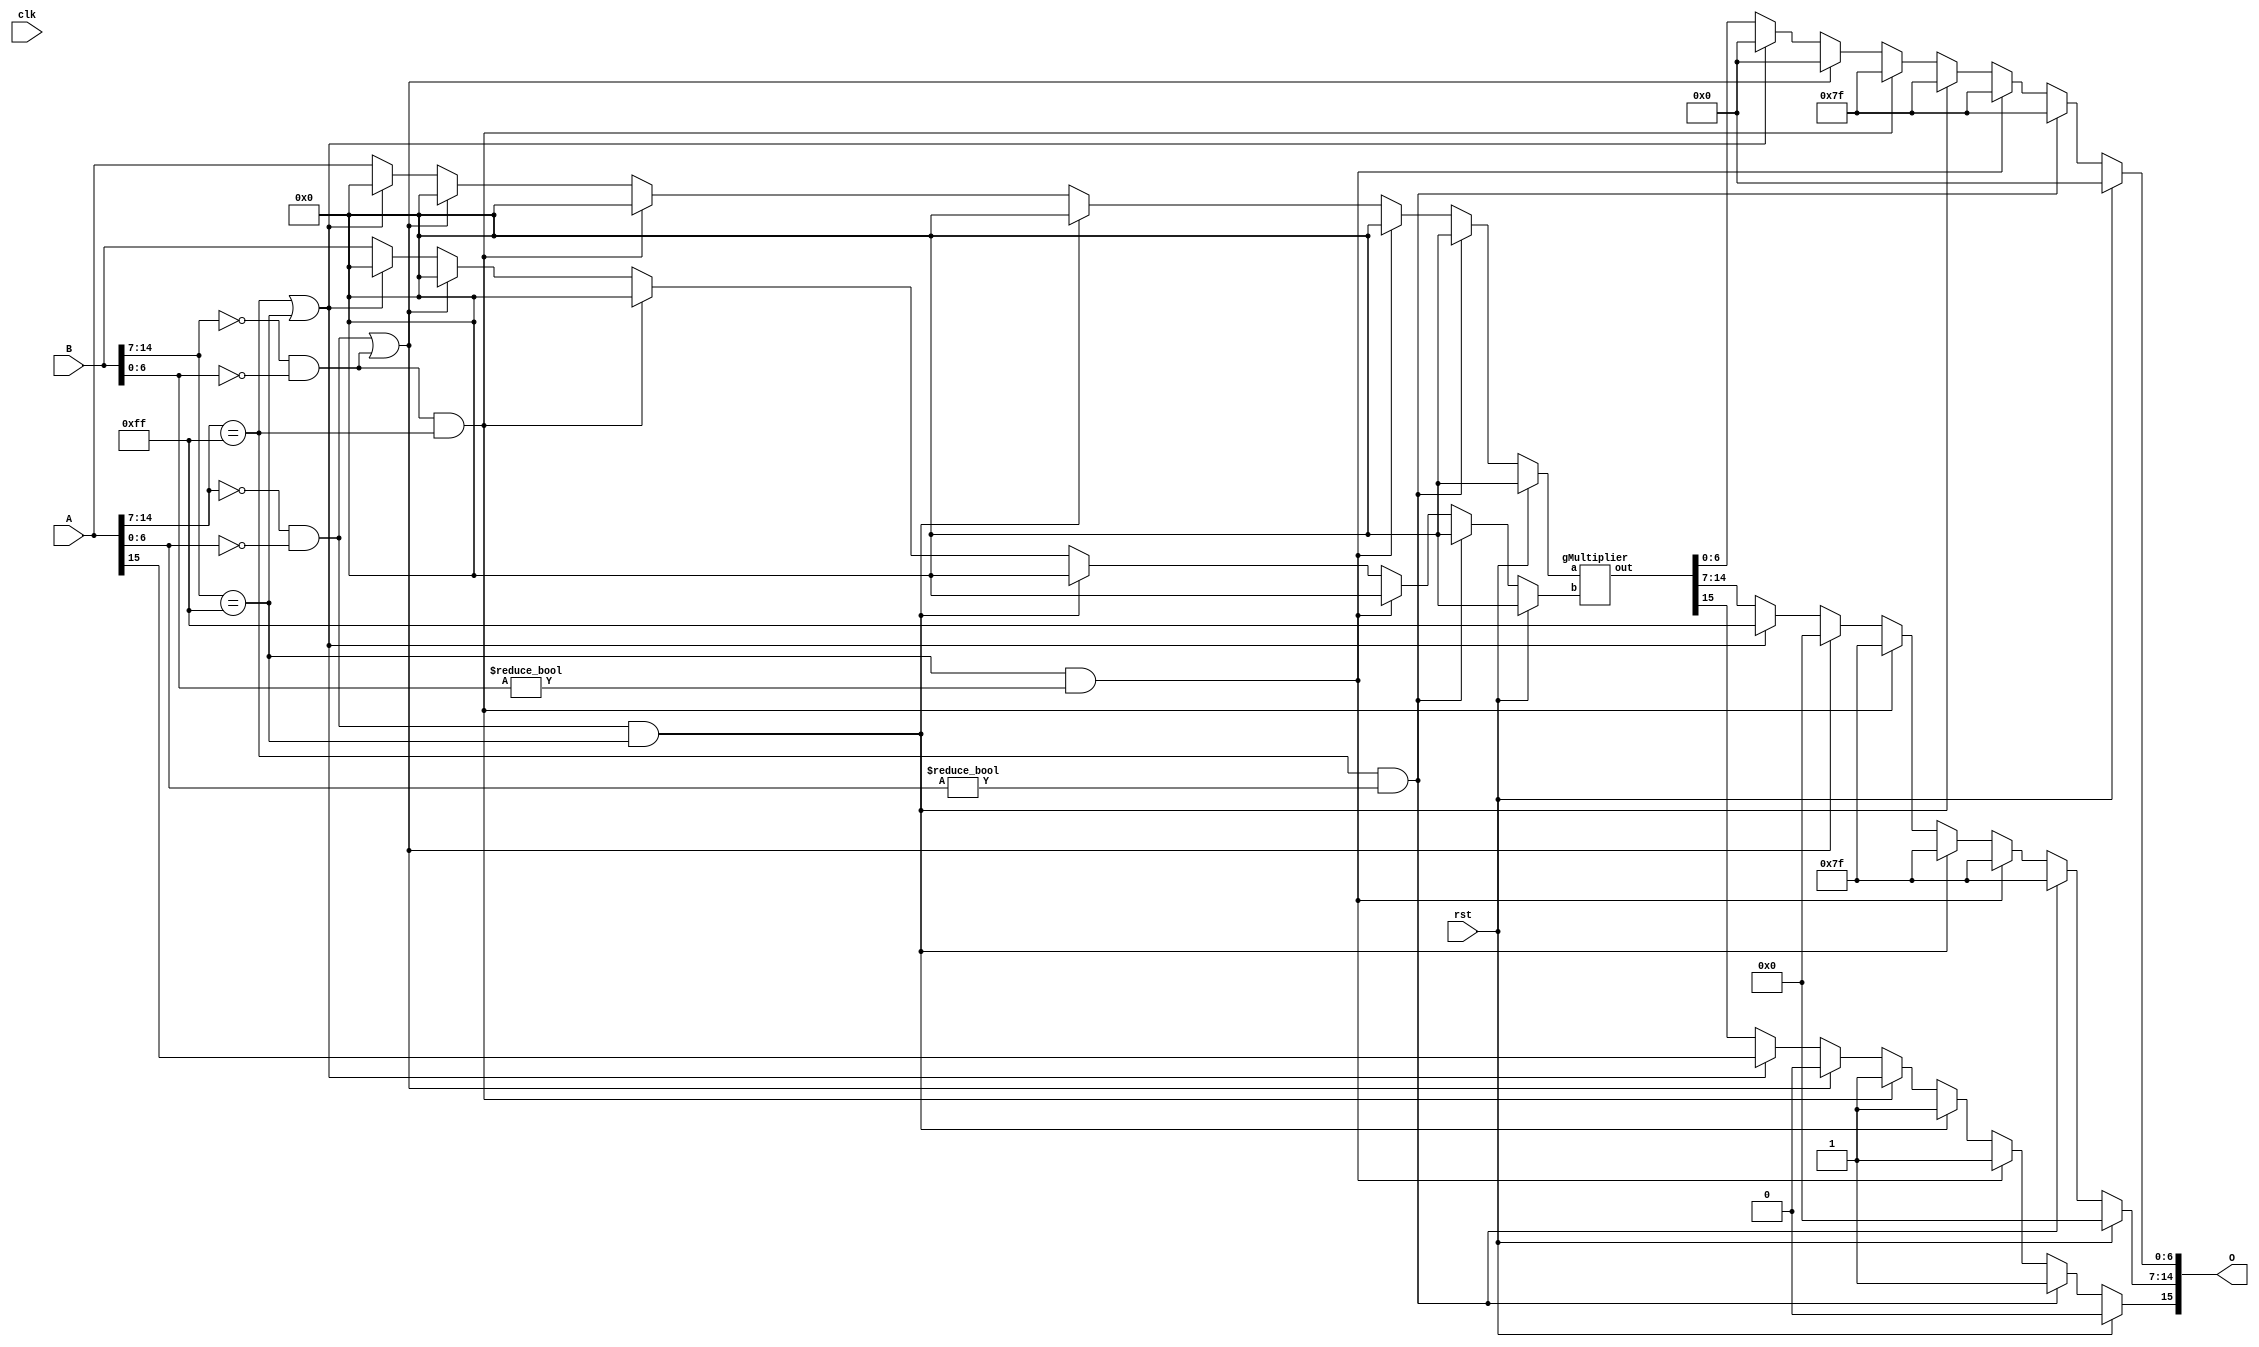
`timescale 1ns / 1ps
//////////////////////////////////////////////////////////////
// BFP16 Multiplier 

// https://github.com/danshanley/FPU/blob/master/fpu.v
// with slight modifications to turn FP32 to BFP16
// for area approximation

// Format: 1-bit signed, 8-bit exponents, 7-bit fractions

// NOTE: MORE VERIFICATION NEEDED
/////////////////////////////////////////////////////////////

module bfp16_mult(clk, rst, A, B, O);

  input [15:0] A, B;
	input rst, clk;
  output [15:0] O;

  wire a_sign;
  wire b_sign;
  wire [7:0] a_exponent;
  wire [7:0] b_exponent;
  wire [7:0] a_mantissa;
  wire [7:0] b_mantissa;
  wire [15:0] O;
             
  reg o_sign;
  reg [7:0] o_exponent;
  reg [8:0] o_mantissa;  
	
  reg [15:0] multiplier_a_in;
  reg [15:0] multiplier_b_in;
  wire [15:0] multiplier_out;

  assign O[15] = o_sign;
  assign O[14:7] = o_exponent;
  assign O[6:0] = o_mantissa[6:0];

  assign a_sign = A[15];
  assign a_exponent[7:0] = A[14:7];
  assign a_mantissa[7:0] = {1'b1, A[6:0]};

  assign b_sign = B[15];
  assign b_exponent[7:0] = B[14:7];
  assign b_mantissa[7:0] = {1'b1, B[6:0]};

  gMultiplier _gMultiplier (
		.a(multiplier_a_in),
		.b(multiplier_b_in),
		.out(multiplier_out)
	);
	
  //assign multiplier_a_in = A; // timing fix - singly cycle
  //assign multiplier_b_in = B; // timing fix - single cycle
	reg [2:0] state;

  always @ ( * ) begin //Multiplication
		if (rst == 1'b1) begin
			state = 3'b000;				//debug
			multiplier_a_in = 0;	//dummy
			multiplier_b_in = 0;	//dummy
			o_sign = 0;
	  	o_exponent = 0;
	  	o_mantissa = 0;
    //If a is NaN return NaN
    end else if (a_exponent == 255 && a_mantissa[6:0] != 0) begin
			state = 3'b001;				//debug
			multiplier_a_in = 0;	//dummy
			multiplier_b_in = 0;	//dummy
			o_sign = 1'b1;
			o_exponent = 7'b1111111;
			o_mantissa = 8'b11111111;
		//If b is NaN return NaN
		end else if (b_exponent == 255 && b_mantissa[6:0] != 0) begin
			state = 3'b010;				//debug
			multiplier_a_in = 0;	//dummy
			multiplier_b_in = 0;	//dummy
			o_sign = 1'b1;
			o_exponent = 7'b1111111;
			o_mantissa = 8'b11111111;
		//if a is zero and b is inf return NaN
		end else if((a_exponent == 0 && a_mantissa[6:0] == 0) && b_exponent == 255) begin
			multiplier_a_in = 0;	//dummy
			multiplier_b_in = 0;	//dummy
			o_sign = 1'b1;
			o_exponent = 7'b1111111;
			o_mantissa = 8'b11111111;
		//if b is zero and a is inf return NaN
		end else if((b_exponent == 0 && b_mantissa[6:0] == 0) && a_exponent == 255) begin
			multiplier_a_in = 0;	//dummy
			multiplier_b_in = 0;	//dummy
			o_sign = 1'b1;
			o_exponent = 7'b1111111;
			o_mantissa = 8'b11111111;
		//If a or b is 0 return 0
		end else if ((a_exponent == 0 && a_mantissa[6:0] == 0) || (b_exponent == 0 && b_mantissa[6:0] == 0)) begin
			state = 3'b011;				//debug
			multiplier_a_in = 0;	//dummy
			multiplier_b_in = 0;	//dummy
	  	o_sign = 0;
		  o_exponent = 0;
	 		o_mantissa = 0;
		//if a or b is inf return inf
		end else if (a_exponent == 255 || b_exponent == 255) begin
			state = 3'b100;				//debug
			multiplier_a_in = 0;	//dummy
			multiplier_b_in = 0;	//dummy
	  	o_sign = a_sign;
	  	o_exponent = 255;
	  	o_mantissa = 0;
		end else begin // Passed all corner cases
			state = 3'b101;				//debug
	  	multiplier_a_in = A;
	  	multiplier_b_in = B;
	  	o_sign = multiplier_out[15];
	  	o_exponent = multiplier_out[14:7];
	  	o_mantissa = multiplier_out[6:0]; 
    end
  end

endmodule


module gMultiplier(a, b, out);
  input  [15:0] a, b;
  output [15:0] out;
  wire [15:0] out;
  reg a_sign;
  reg [7:0] a_exponent;
  reg [7:0] a_mantissa;
  reg b_sign;
  reg [7:0] b_exponent;
  reg [7:0] b_mantissa;

  reg o_sign;
  reg [8:0] o_exponent; // fix? [8:0] o_exponent
  reg [8:0] o_exponent_tmp;
  reg [8:0] o_exponent_sum;
  reg [7:0] o_exponent_minus;
	reg [7:0] o_exponent_shift;
  reg [8:0] o_mantissa;

  reg [15:0] product;

  assign out[15] = o_sign;
  assign out[14:7] = o_exponent;
  assign out[6:0] = o_mantissa[6:0];

  reg  [7:0] i_e;
  reg  [15:0] i_m;
  wire [7:0] o_e;
  wire [15:0] o_m;

	reg state1;
	reg state2;
	reg[1:0] state3;

	wire [15:0] tmp;

  assign tmp[15] = o_sign;
  assign tmp[14:7] = o_exponent[7:0];
  assign tmp[6:0] = o_mantissa[6:0];

  multiplication_normaliser norm1
  (
		.in_e(i_e),
		.in_m(i_m),
		.out_e(o_e),
		.out_m(o_m)
	);

  always @ ( * ) begin
		
		a_sign = a[15];
		if(a[14:7] == 0) begin
			//Denorm number
			state1 = 0;
			a_exponent = 8'b00000001;
			a_mantissa = {1'b0, a[6:0]};
		end else begin
			state1 = 1;
			a_exponent = a[14:7];
			a_mantissa = {1'b1, a[6:0]};
		end
   
		b_sign = b[15];
		if(b[14:7] == 0) begin
			//Denorm number
			state2 = 0;
			b_exponent = 8'b00000001;
			b_mantissa = {1'b0, b[6:0]};
		end else begin
			state2 = 1;
			b_exponent = b[14:7];
			b_mantissa = {1'b1, b[6:0]};
		end
   
    o_sign 							= a_sign ^ b_sign;
		o_exponent_sum			= a_exponent + b_exponent; // 2(1+1) ~ 508(254+254)
		o_exponent_tmp			= o_exponent_sum < 127 ? 0 : o_exponent_sum - 127; //debug
	  o_exponent 					= o_exponent_sum < 127 ? 0 : o_exponent_sum - 127; // 0 ~ 381
		o_exponent_minus		= o_exponent_sum < 127 ? 127 - o_exponent_sum : 0; // 0 ~ 125
		o_exponent_shift		= o_exponent_minus + 1; // 1 ~ 126
    product 						= a_mantissa * b_mantissa;

		// infinity
		if (o_exponent >= 255) begin
			o_exponent 	= 255;
			product 		= 0;
		// Normalization
		end else if (o_exponent != 0) begin // 0 < o_exponent < 255
			if (product[15] == 1 && (o_exponent + 1) == 255) begin
				// infinity
				o_exponent 	= 255;
				product 		= 0;
			end else if (product[15] == 1) begin
				// normal 
				o_exponent 	= o_exponent + 1;
				product 		= product >> 1;
			end else if (product[14] != 1) begin
				// denormal
	      i_e 				= o_exponent;
	      i_m 				= product;
	      o_exponent 	= o_e;
	      product 		= o_m;
			end else begin
				//noraml 
				o_exponent 	= o_exponent;
				product 		= product;
			end
		end else begin // 0 == o_exponent
			// makes denormed format
			product = product >> o_exponent_shift;
			o_exponent = 1;
			if (product[15] == 1) begin
				// nothing because 'o_exponent_shift' is equal or bigger than 1
			end else if (product[14] != 1) begin
				// denormed out
				o_exponent = 0;
				product = product;
			end else begin
				// normal out
				o_exponent = o_exponent;
				product = product;
			end
		end

		o_mantissa = product[14:7];

  end


endmodule


// Denormalized Number Handling
module multiplication_normaliser(in_e, in_m, out_e, out_m);
  input [7:0] in_e;
  input [15:0] in_m;
  output [7:0] out_e;
  output [15:0] out_m;

  wire [7:0] in_e;
  wire [15:0] in_m;
  reg [7:0] out_e;
  reg [15:0] out_m;
	
	reg [2:0] state;  //debug
	reg [1:0] instate;//debug

  always @ ( * ) begin
		if (in_m[14:0] == 15'b000000000000001) begin // 0.00000000000001 = o_mantissa starts as
			state = 3'b000; //debug
			if (in_e < 2) begin
				instate = 0;  //debug
				out_e = 0;
				out_m = in_m; 
			end else if (in_e > 14) begin
				instate = 1;  //debug
				out_e = in_e - 14;
				out_m = in_m << 14;
			end else begin
				instate = 2;  //debug
				out_e = 0;
				out_m = in_m << (in_e-1);
			end	
		end if (in_m[14:1] == 14'b00000000000001) begin // 0.0000000000001 = o_mantissa starts as
			state = 3'b000; //debug
			if (in_e < 2) begin
				instate = 0;  //debug
				out_e = 0;
				out_m = in_m; 
			end else if (in_e > 13) begin
				instate = 1;  //debug
				out_e = in_e - 13;
				out_m = in_m << 13;
			end else begin
				instate = 2;  //debug
				out_e = 0;
				out_m = in_m << (in_e-1);
			end	
		end else if (in_m[14:2] == 13'b0000000000001) begin // 0.000000000001 = o_mantissa starts as
			state = 3'b000; //debug
			if (in_e < 2) begin
				instate = 0;  //debug
				out_e = 0;
				out_m = in_m; 
			end else if (in_e > 12) begin
				instate = 1;  //debug
				out_e = in_e - 12;
				out_m = in_m << 12;
			end else begin
				instate = 2;  //debug
				out_e = 0;
				out_m = in_m << (in_e-1);
			end	
		end else if (in_m[14:3] == 12'b000000000001) begin // 0.00000000001 = o_mantissa starts as
			state = 3'b000; //debug
			if (in_e < 2) begin
				instate = 0;  //debug
				out_e = 0;
				out_m = in_m; 
			end else if (in_e > 11) begin
				instate = 1;  //debug
				out_e = in_e - 11;
				out_m = in_m << 11;
			end else begin
				instate = 2;  //debug
				out_e = 0;
				out_m = in_m << (in_e-1);
			end	
		end else if (in_m[14:4] == 11'b00000000001) begin // 0.0000000001 = o_mantissa starts as
			state = 3'b000; //debug
			if (in_e < 2) begin
				instate = 0;  //debug
				out_e = 0;
				out_m = in_m; 
			end else if (in_e > 10) begin
				instate = 1;  //debug
				out_e = in_e - 10;
				out_m = in_m << 10;
			end else begin
				instate = 2;  //debug
				out_e = 0;
				out_m = in_m << (in_e-1);
			end	
		end else if (in_m[14:5] == 10'b0000000001) begin // 0.000000001 = o_mantissa starts as
			state = 3'b000; //debug
			if (in_e < 2) begin
				instate = 0;  //debug
				out_e = 0;
				out_m = in_m; 
			end else if (in_e > 9) begin
				instate = 1;  //debug
				out_e = in_e - 9;
				out_m = in_m << 9;
			end else begin
				instate = 2;  //debug
				out_e = 0;
				out_m = in_m << (in_e-1);
			end	
		end else if (in_m[14:6] == 9'b000000001) begin // 0.00000001 = o_mantissa starts as
			state = 3'b000; //debug
			if (in_e < 2) begin
				instate = 0;  //debug
				out_e = 0;
				out_m = in_m; 
			end else if (in_e > 8) begin
				instate = 1;  //debug
				out_e = in_e - 8;
				out_m = in_m << 8;
			end else begin
				instate = 2;  //debug
				out_e = 0;
				out_m = in_m << (in_e-1);
			end	
		end else if (in_m[14:7] == 8'b00000001) begin // 0.0000001 = o_mantissa starts as
			state = 3'b000; //debug
			if (in_e < 2) begin
				instate = 0;  //debug
				out_e = 0;
				out_m = in_m; 
			end else if (in_e > 7) begin
				instate = 1;  //debug
				out_e = in_e - 7;
				out_m = in_m << 7;
			end else begin
				instate = 2;  //debug
				out_e = 0;
				out_m = in_m << (in_e-1);
			end
		end else if (in_m[14:8] == 7'b000001) begin // 0.000001 = o_mantissa starts as
			state = 3'b001; //debug
			if (in_e < 2) begin
				instate = 0;  //debug
				out_e = 0;
				out_m = in_m; 
			end else if (in_e > 6) begin
				instate = 1;  //debug
				out_e = in_e - 6;
				out_m = in_m << 6;
			end else begin
				instate = 2;  //debug
				out_e = 0;
				out_m = in_m << (in_e-1);
			end
	  end else if (in_m[14:9] == 6'b000001) begin // 0.00001 = o_mantissa starts as
			state = 3'b010; //debug
			if (in_e < 2) begin
				instate = 0;  //debug
				out_e = 0;
				out_m = in_m; 
			end else if (in_e > 5) begin
				instate = 1;  //debug
				out_e = in_e - 5;
				out_m = in_m << 5;
			end else begin
				instate = 2;  //debug
				out_e = 0;
				out_m = in_m << (in_e-1);
			end
		end else if (in_m[14:10] == 5'b00001) begin // 0.0001 = o_mantissa starts as
			state = 3'b011; //debug
			if (in_e < 2) begin
				instate = 0;  //debug
				out_e = 0;
				out_m = in_m; 
			end else if (in_e > 4) begin
				instate = 1;  //debug
				out_e = in_e - 4;
				out_m = in_m << 4;
			end else begin
				instate = 2;  //debug
				out_e = 0;
				out_m = in_m << (in_e-1);
			end
		end else if (in_m[14:11] == 4'b0001) begin // 0.001
			state = 3'b100; //debug
			if (in_e < 2) begin
				instate = 0;  //debug
				out_e = 0;
				out_m = in_m; 
			end else if (in_e > 3) begin
				instate = 1;  //debug
				out_e = in_e - 3;
				out_m = in_m << 3;
			end else begin
				instate = 2;  //debug
				out_e = 0;
				out_m = in_m << (in_e-1);
			end
			/* for example
			end else if (in_e == 2) begin
				out_e = 0;
				out_m = in_m << 1;
			end else if (in_e == 3) begin
				out_e = 0;
				out_m = in_m << 2;
			end
		*/
		end else if (in_m[14:12] == 3'b001) begin // 0.01
			state = 3'b101; //debug
			if (in_e < 2) begin
				instate = 0;  //debug
				out_e = 0;
				out_m = in_m; 
			end else if (in_e > 2) begin
				instate = 1;  //debug
				out_e = in_e - 2;
				out_m = in_m << 2;
			end else begin
				instate = 2;  //debug
				out_e = 0;
				out_m = in_m << 1;
			end
		end else if (in_m[14:13] == 2'b01) begin
			state = 3'b110; //debug
			if (in_e < 2) begin
				instate = 0;  //debug
				out_e = 0;
				out_m = in_m;
			end else begin
				instate = 1;  //debug
				out_e = in_e - 1;
				out_m = in_m << 1;
			end
		end else begin
			//nothing
			//state = 3'b111; //debug // product[14] == 1 
			//out_e = in_e;
			//out_m = in_m;
		end
  end
endmodule